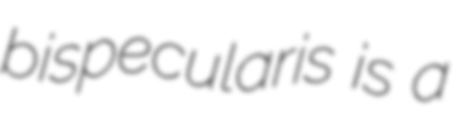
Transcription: bispecularis is a